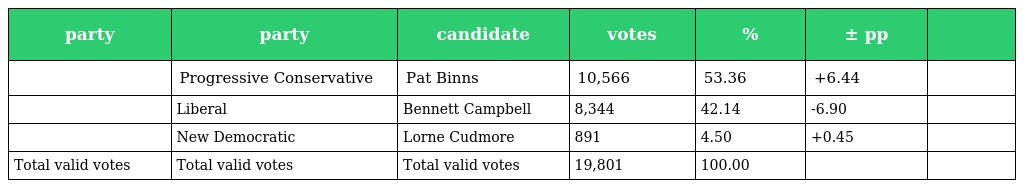
| party | party | candidate | votes | % | ± pp |  |
 | --- | --- | --- | --- | --- | --- | --- |
 |  | Progressive Conservative | Pat Binns | 10,566 | 53.36 | +6.44 |  |
 |  | Liberal | Bennett Campbell | 8,344 | 42.14 | -6.90 |  |
 |  | New Democratic | Lorne Cudmore | 891 | 4.50 | +0.45 |  |
 | Total valid votes | Total valid votes | Total valid votes | 19,801 | 100.00 |  |  |